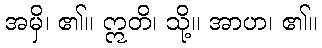
အမှိ၊ ၏။ ဣတိ၊ သို့။ အာဟ၊ ၏။